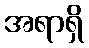
အရာရှိ